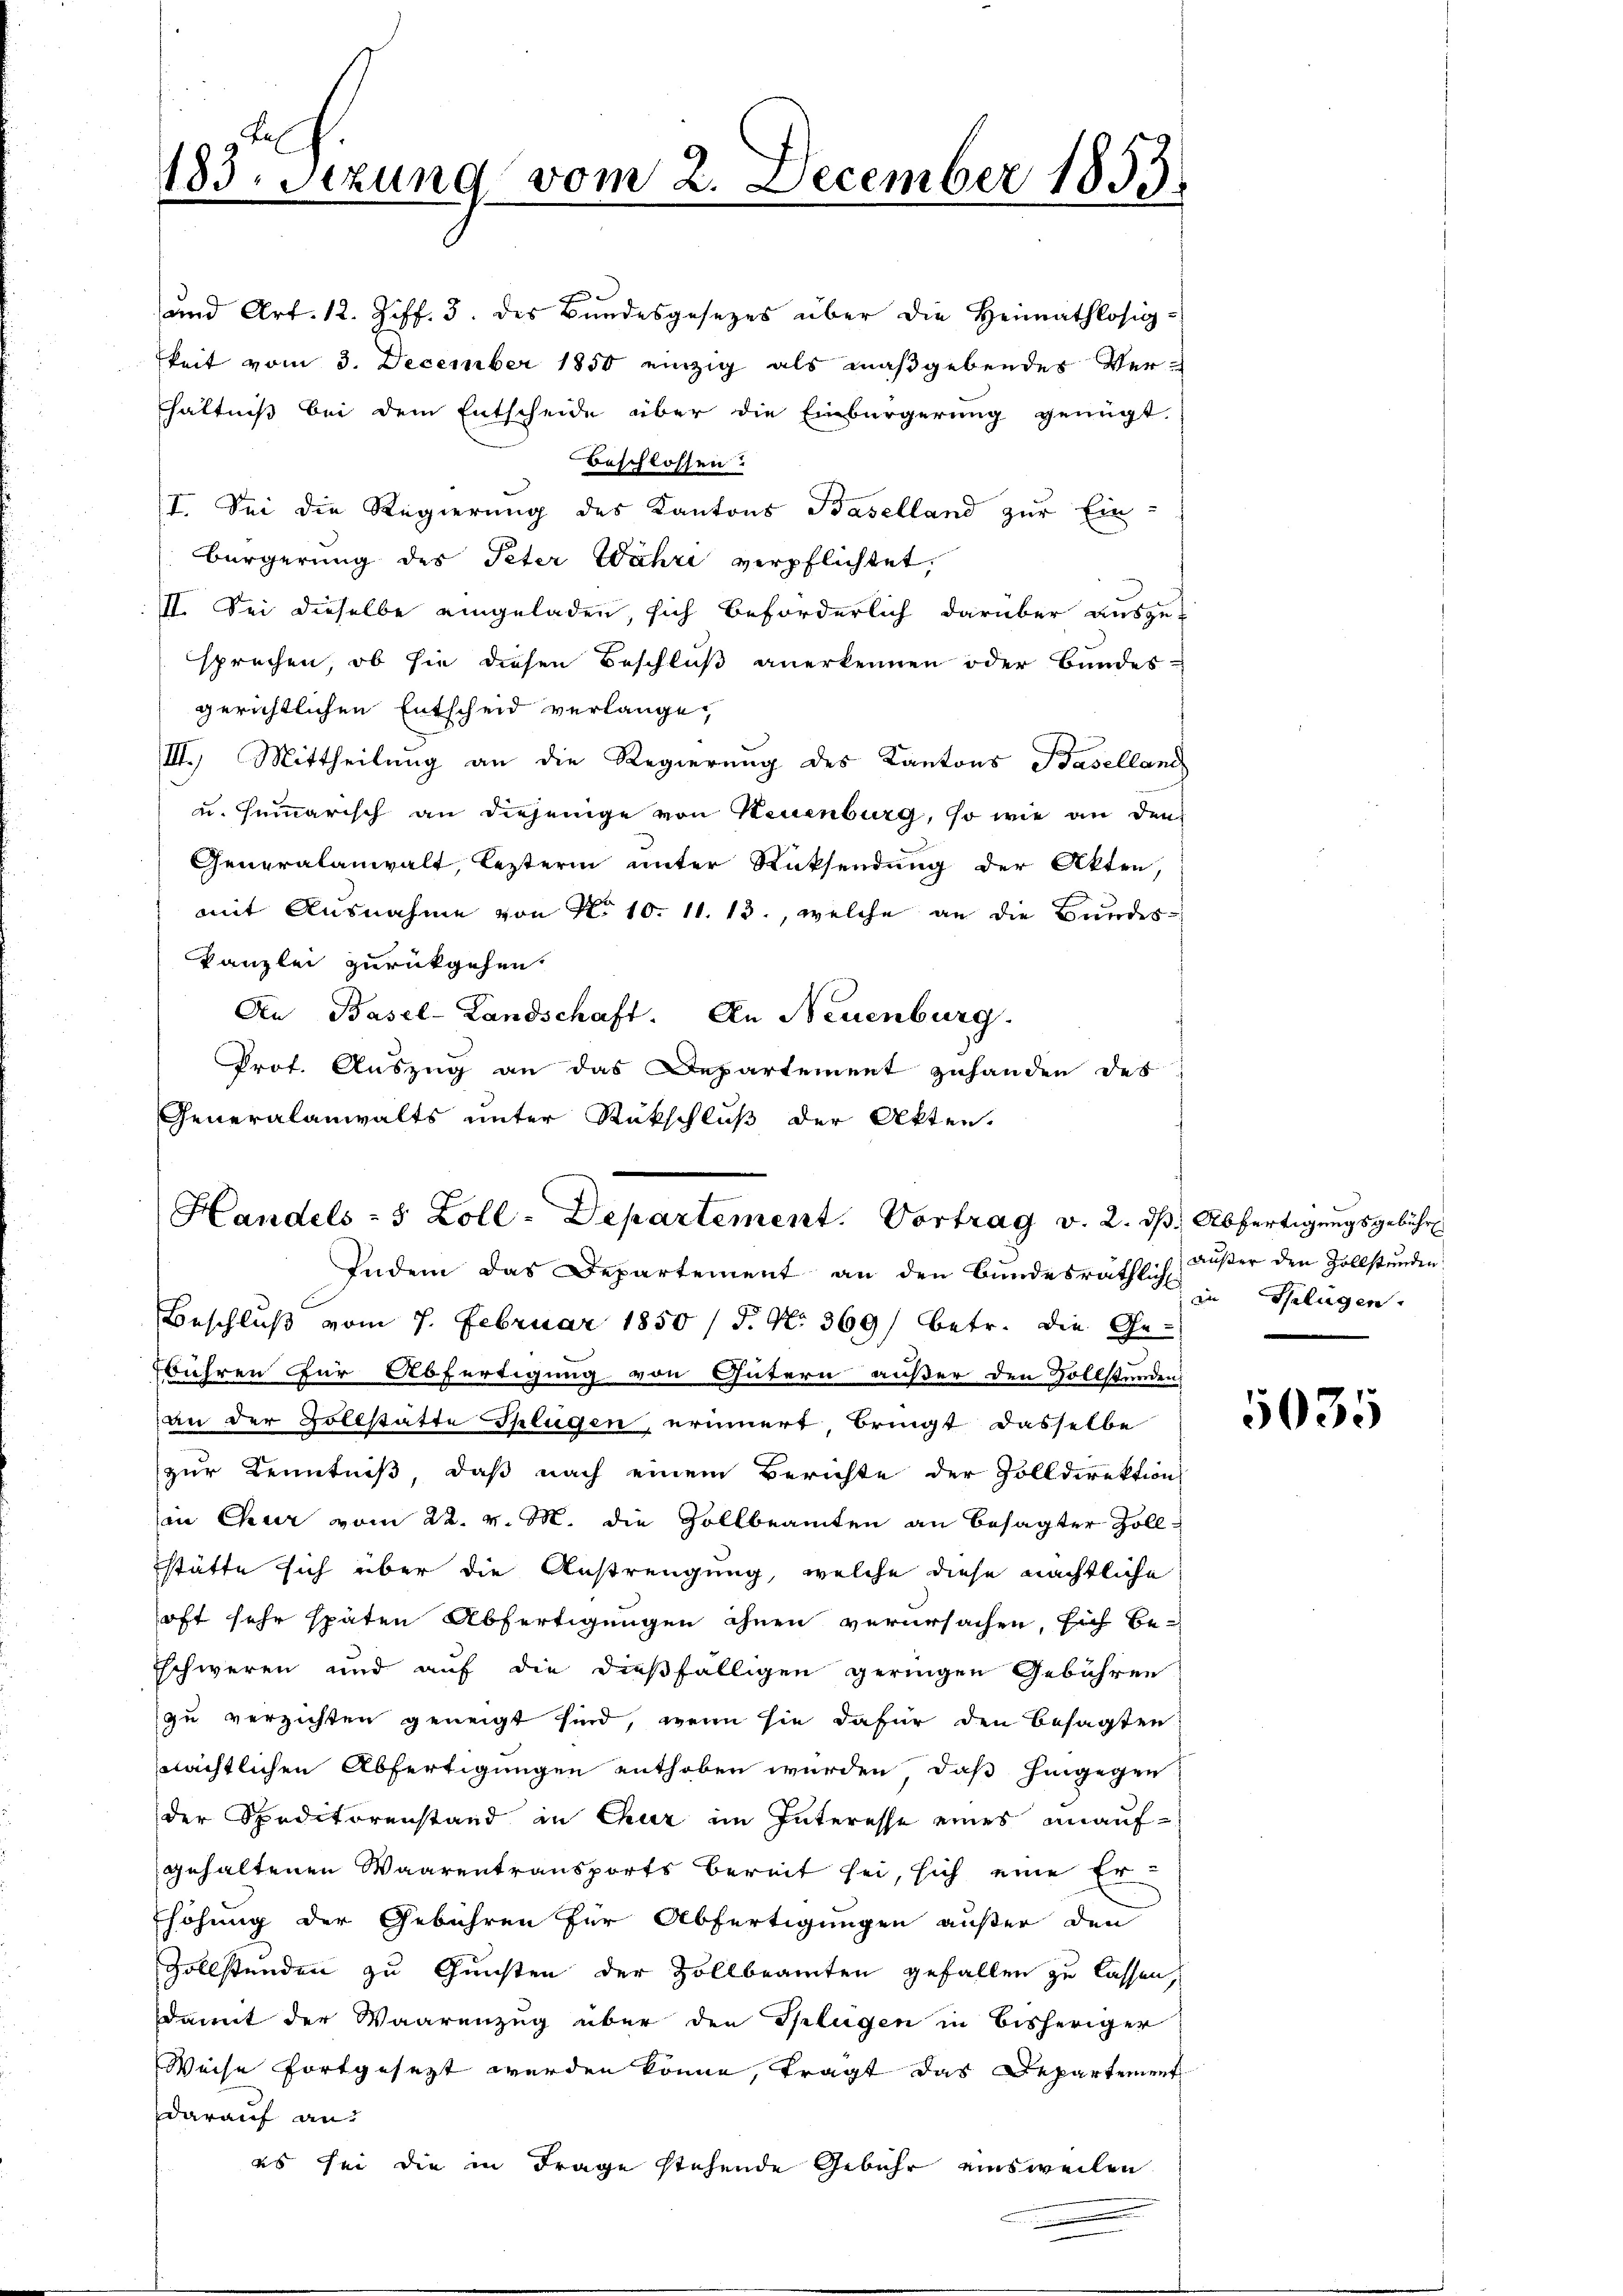
und Art. 12. Ziff. 3. des Bŭndesgesezes über die Heimathlosig-
keit vom 3. December 1850 einzig als maßgebendes Verhältniß bei dem Entscheide über die Einbürgerung genügt.
Beschlossen.
I. Sei die Regierung des Kantons Baselland zur Ein-
Bürgerung des Peter Wahri verpflichtet,
II. Sei dieselbe eingeladen, sich beförderlich darüber auszu-
sprechen, ob sie diesen Beschluß anerkennen oder Bundes-
gerichtlichen Entscheid verlange,
III. Mittheilung an die Regierung des Kantons Baselland
u. summarisch an diejenige von Neuenburg, so wie an den
Generalanwalt, leztern unter Rücksendung der Akten,
mit Ausnahme von No 10. 11. 13., welche an die Bundeskanzlei zurückgehen.
An Basel-Landschaft. An Neuenburg.
Prof. Auszug an das Departement zuhanden des
Generalanwalts unter Rückschluß der Akten.

183. Setzung vom 2. December 1853.

Handels- 8 Zoll-Departement. Vortrag v. 2. dβ Abfertigungsgebühr

Indem das Departement an den Bŭndesräthlich. Gelügen
Beschluß vom 7. Februar 1850 / 5. No 369/ betr. die Gebühren für Abfertigung von Gütern außer den Vollständen
an der Zollstätte Splügen, erinnert bringt dasselbe
zur Kenntniß, daß nach einem Berichte der Zolldirektion
in Chur vom 22. v. M. die Zollbeamten an besagter Zoll¬
Estätte sich über die Anstrengung, welche diese nächtliche
oft sehr späten Abfertigungen ihnen verursachen, sich be¬
Eschweren und auf die dießfälligen geringen Gebühren
zu verzichten geneigt sind, wenn sie dafür den besagten
wächtlichen Abfertigungen enthoben würden, daß hingegen
der Speditorenstand in Chur im Interesse eines unaufgehaltenen Waarentransports bereit sei, sich eine Erhöhung der Gebühren für Abfertigungen außer den
Zollständen zu Gunsten der Zollbeamten gefallen zu lassen,
damit der Waarenzug über den Splügen in bisheriger
Weise fortgesezt werden könne, tragt das Departement
darauf an
es sei die in Frage stehende Gebühr einsweilen

außer den Zollstunden.

5035